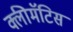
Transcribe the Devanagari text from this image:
क्लीमॅटिस